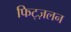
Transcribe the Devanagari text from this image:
फिट्ज़लन